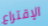
الإقتراع